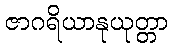
ဇာဂရိယာနုယုတ္တာ